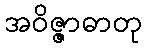
အဝိဇ္ဇာဓာတု